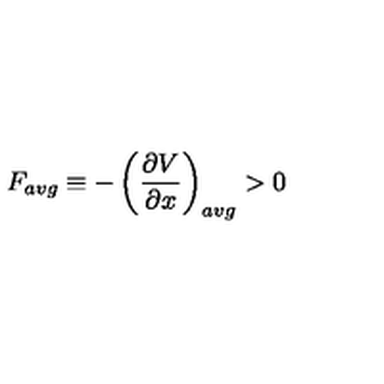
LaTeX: F _ { a v g } \equiv - \left( \frac { \partial V } { \partial x } \right) _ { a v g } > 0